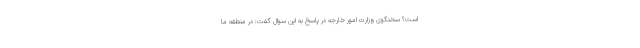
است؟ سخنگوی وزارت امور خارجه در پاسخ به این سوال گفت: در منطقه ما